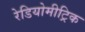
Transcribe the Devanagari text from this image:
रेडियोमीट्रिक